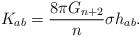
LaTeX: \begin{align*}K_{ab}= \frac{8\pi G_{n+2}}{n}\sigma h_{ab}.\end{align*}